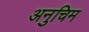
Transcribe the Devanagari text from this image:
अनुचिम